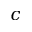
c